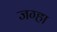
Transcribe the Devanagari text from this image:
जग्हा